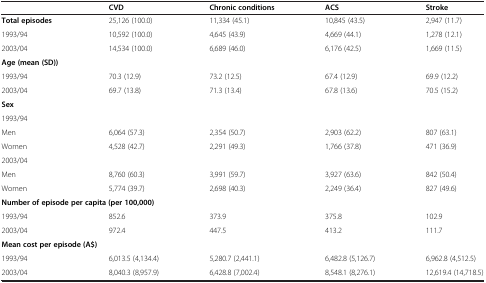
<table><thead><tr><td></td><td><b>CVD</b></td><td><b>Chronic conditions</b></td><td><b>ACS</b></td><td><b>Stroke</b></td></tr></thead><tbody><tr><td><b>Total episodes</b></td><td>25,126 (100.0)</td><td>11,334 (45.1)</td><td>10,845 (43.5)</td><td>2,947 (11.7)</td></tr><tr><td>1993/94</td><td>10,592 (100.0)</td><td>4,645 (43.9)</td><td>4,669 (44.1)</td><td>1,278 (12.1)</td></tr><tr><td>2003/04</td><td>14,534 (100.0)</td><td>6,689 (46.0)</td><td>6,176 (42.5)</td><td>1,669 (11.5)</td></tr><tr><td><b>Age (mean (SD))</b></td><td></td><td></td><td></td><td></td></tr><tr><td>1993/94</td><td>70.3 (12.9)</td><td>73.2 (12.5)</td><td>67.4 (12.9)</td><td>69.9 (12.2)</td></tr><tr><td>2003/04</td><td>69.7 (13.8)</td><td>71.3 (13.4)</td><td>67.8 (13.6)</td><td>70.5 (15.2)</td></tr><tr><td><b>Sex</b></td><td></td><td></td><td></td><td></td></tr><tr><td>1993/94</td><td></td><td></td><td></td><td></td></tr><tr><td>Men</td><td>6,064 (57.3)</td><td>2,354 (50.7)</td><td>2,903 (62.2)</td><td>807 (63.1)</td></tr><tr><td>Women</td><td>4,528 (42.7)</td><td>2,291 (49.3)</td><td>1,766 (37.8)</td><td>471 (36.9)</td></tr><tr><td>2003/04</td><td></td><td></td><td></td><td></td></tr><tr><td>Men</td><td>8,760 (60.3)</td><td>3,991 (59.7)</td><td>3,927 (63.6)</td><td>842 (50.4)</td></tr><tr><td>Women</td><td>5,774 (39.7)</td><td>2,698 (40.3)</td><td>2,249 (36.4)</td><td>827 (49.6)</td></tr><tr><td colspan="3"><b>Number of episode per capita (per 100,000)</b></td><td></td><td></td></tr><tr><td>1993/94</td><td>852.6</td><td>373.9</td><td>375.8</td><td>102.9</td></tr><tr><td>2003/04</td><td>972.4</td><td>447.5</td><td>413.2</td><td>111.7</td></tr><tr><td colspan="2"><b>Mean cost per episode (A$)</b></td><td></td><td></td><td></td></tr><tr><td>1993/94</td><td>6,013.5 (4,134.4)</td><td>5,280.7 (2,441.1)</td><td>6,482.8 (5,126.7)</td><td>6,962.8 (4,512.5)</td></tr><tr><td>2003/04</td><td>8,040.3 (8,957.9)</td><td>6,428.8 (7,002.4)</td><td>8,548.1 (8,276.1)</td><td>12,619.4 (14,718.5)</td></tr></tbody></table>